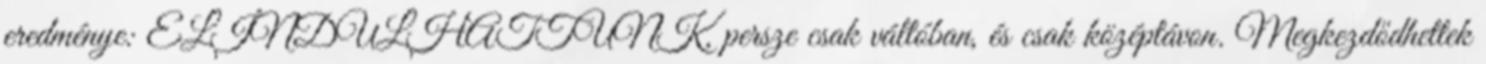
eredménye: ELINDULHATTUNK, persze csak váltóban, és csak középtávon. Megkezdődhettek